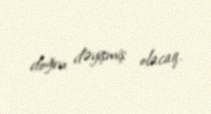
doğru dəyişmiş olacaq.